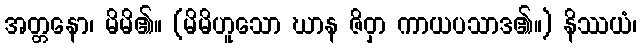
အတ္တနော၊ မိမိ၏။ (မိမိဟူသော ဃာန ဇိဝှာ ကာယပသာဒ၏။) နိဿယံ၊